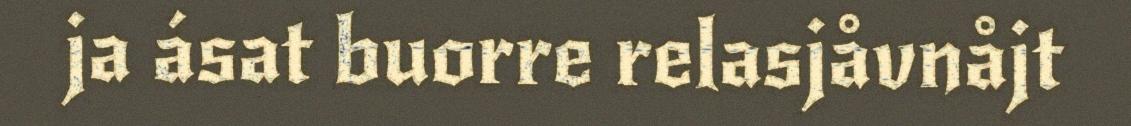
ja ásat buorre relasjåvnåjt